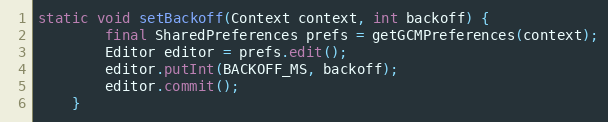
Language: Java
static void setBackoff(Context context, int backoff) {
        final SharedPreferences prefs = getGCMPreferences(context);
        Editor editor = prefs.edit();
        editor.putInt(BACKOFF_MS, backoff);
        editor.commit();
    }